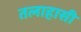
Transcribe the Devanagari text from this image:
तलाहासी